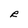
Character: R